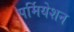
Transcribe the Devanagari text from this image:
पर्मियेशन